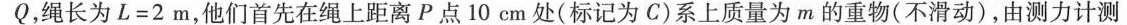
Q，绳长为$$L = 2 m$$，他们首先在绳上距离P点10cm处(标记为C)系上质量为m的重物(不滑动)，由测力计测